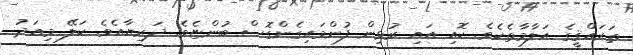
ތަރައްޤީގެ އަލާމާތެކެވެ. ކޮއި އައި ރުޅިން ފުންމައިގެންގޮސް ބުންޏެވެ. ދަރިޔާއެވެ. ކަލޭ މިއަދު